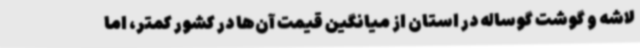
لاشه و گوشت گوساله در استان از میانگین قیمت آن‌ها در کشور کمتر، اما